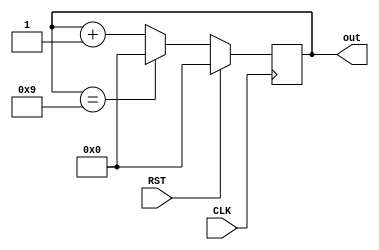
`timescale 1ns / 1ps
//////////////////////////////////////////////////////////////////////////////////
// Company: 
// Engineer: 
// 
// Design Name: 
// Module Name:    HW3_3 
// Project Name: 
// Target Devices: 
// Tool versions: 
// Description: 
//
// Dependencies: 
//
// Revision: 
// Revision 0.01 - File Created
// Additional Comments: 
//
//////////////////////////////////////////////////////////////////////////////////
module HW3_3 #(parameter MAX = 9, SZE = 4)
	(
	input CLK,
	input RST,
   output reg[SZE-1:0] out 
	 );
	 
	 initial begin
		out = 0;
	 end
	 
	 always @(posedge CLK)
	 begin
		if(RST)
			out <= 0;
			
		else begin
			if(out == MAX)
				out <= 0;
			else
				out <= out + 1;
		end
		
	end


endmodule